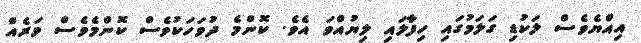
އިއްޔެވެސް ލަކުޑި ގަލަމުގައި ހިފާލައި ލިޔުއްވަ އެވެ. ކޮންމެ ދުވަހަކުވެސް ކޮންމެވެސް ވަރެއް